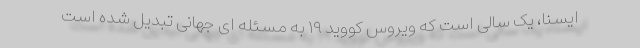
ایسنا، یک سالی است که ویروس کووید ۱۹ به مسئله ای جهانی تبدیل شده است